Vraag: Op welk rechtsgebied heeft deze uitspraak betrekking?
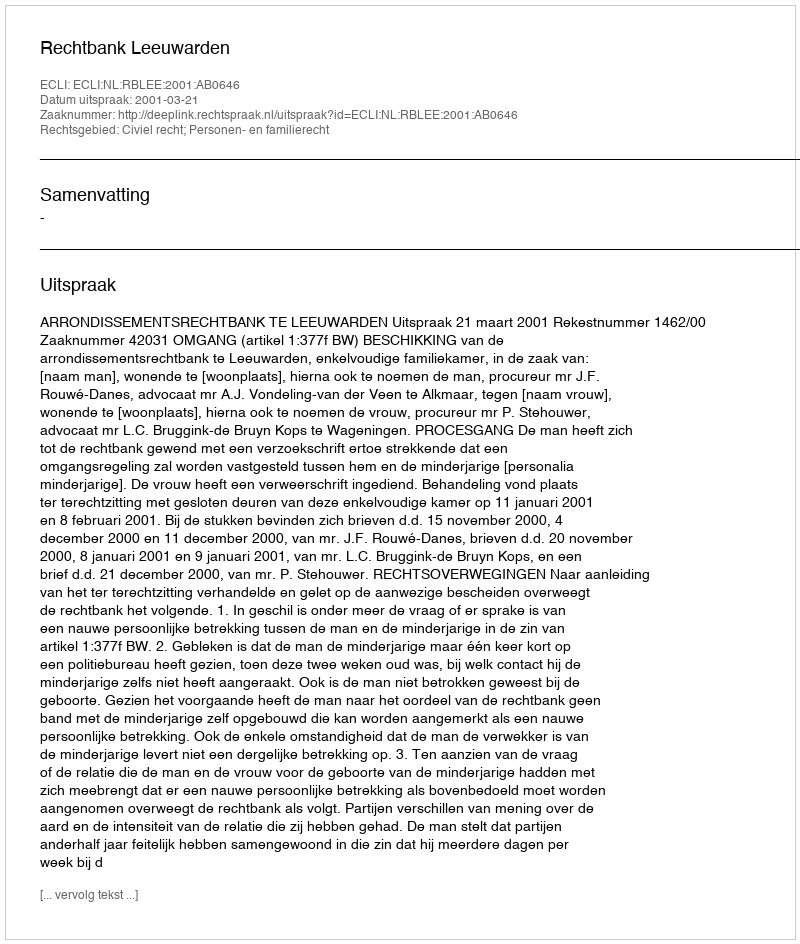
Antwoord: Civiel recht; Personen- en familierecht